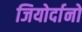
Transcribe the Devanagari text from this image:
जियोर्दानो